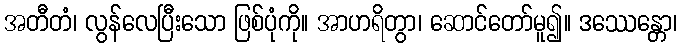
အတီတံ၊ လွန်လေပြီးသော ဖြစ်ပုံကို။ အာဟရိတွာ၊ ဆောင်တော်မူ၍။ ဒဿေန္တော၊